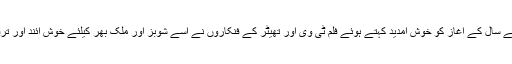
01 جنوری2017ء)نئے سال کے آغاز کو خوش آمدید کہتے ہوئے فلم ٹی وی اور تھیٹر کے فنکاروں نے اسے شوبز اور ملک بھر کیلئے خوش آئند اور ترقی کا سال قرار دیا ہے۔